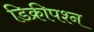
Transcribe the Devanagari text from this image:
डिक्रीपश्न